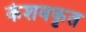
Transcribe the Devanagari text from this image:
केशवकृत